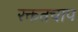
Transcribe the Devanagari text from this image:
रक्ततचाप